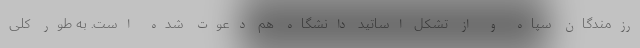
رزمندگان سپاه و از تشکل اساتید دانشگاه هم دعوت شده است. به طور کلی